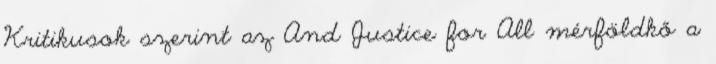
Kritikusok szerint az And Justice for All mérföldkő a